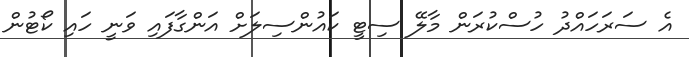
އެ ސަރަހައްދު ހުސްކުރަން މާލޭ ސިޓީ ކައުންސިލަށް އަންގާފައި ވަނީ ހައި ކޯޓުން